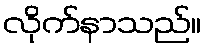
လိုက်နာသည်။